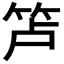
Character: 𰩲